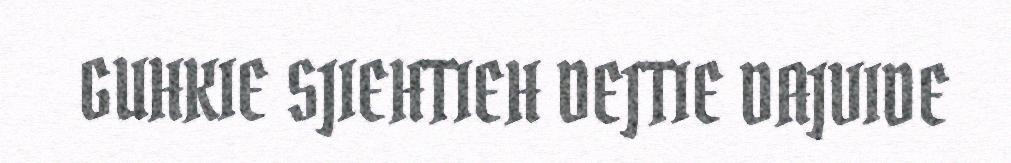
GUHKIE SJIEHTIEH DEJTIE DAJVIDE